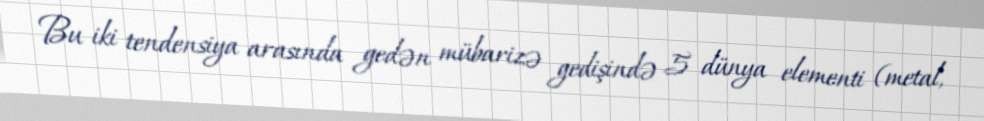
Bu iki tendensiya arasında gedən mübarizə gedişində 5 dünya elementi (metal,